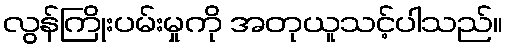
လွန်ကြိုးပမ်းမှုကို အတုယူသင့်ပါသည်။